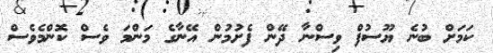
ކަމަށް ބުނެ ޔޫސުފް ވިސްނާ ދޭން ފެށުމުން އޭނާގެ މަންމަ ވެސް ކޮންމެވެސް